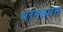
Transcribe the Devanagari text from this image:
घरगड्यास